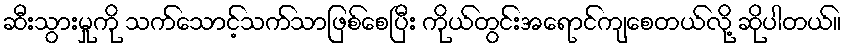
ဆီးသွားမှုကို သက်သောင့်သက်သာဖြစ်စေပြီး ကိုယ်တွင်းအရောင်ကျစေတယ်လို့ ဆိုပါတယ်။